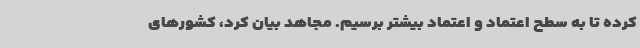
کرده تا به سطح اعتماد و اعتماد بیشتر برسیم. مجاهد بیان کرد، کشورهای